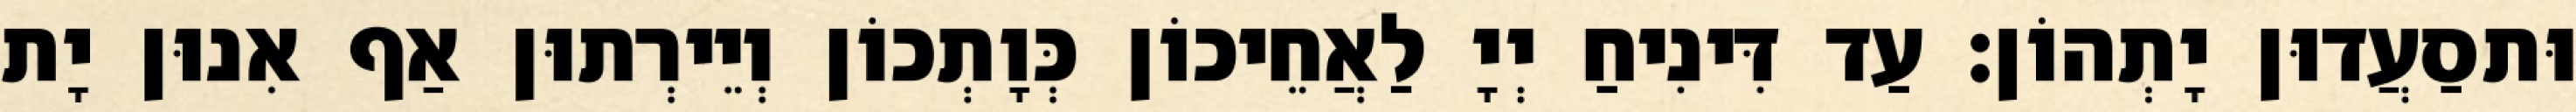
וּתסַעֲדוּן יָתְהוֹן׃ עַד דִּינִיחַ יְיָ לַאֲחֵיכוֹן כְּוָתְכוֹן וְיֵירְתוּן אַף אִנוּן יָת